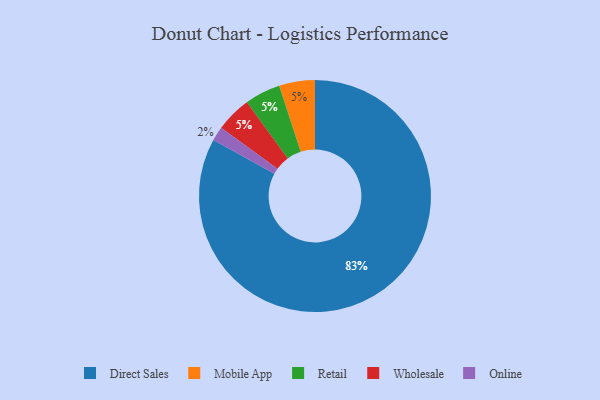
{"axis": {"x": "Category", "y": "Percentage"}, "legend": ["Direct Sales", "Mobile App", "Online", "Retail", "Wholesale"], "data": [{"x": "Direct Sales", "y": 83, "type": "Direct Sales"}, {"x": "Mobile App", "y": 5, "type": "Mobile App"}, {"x": "Retail", "y": 5, "type": "Retail"}, {"x": "Wholesale", "y": 5, "type": "Wholesale"}, {"x": "Online", "y": 2, "type": "Online"}]}